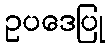
ဥပဒေပြု